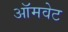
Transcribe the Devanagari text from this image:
ऑमवेट